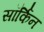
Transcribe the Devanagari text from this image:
सॉर्किन